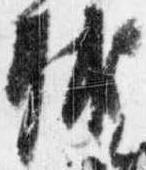
輔